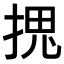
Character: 𭡏